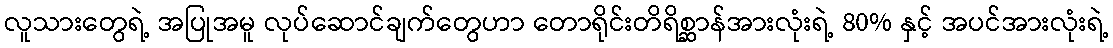
လူသားတွေရဲ့ အပြုအမူ လုပ်ဆောင်ချက်တွေဟာ တောရိုင်းတိရိစ္ဆာန်အားလုံးရဲ့ 80% နှင့် အပင်အားလုံးရဲ့